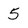
Character: 5